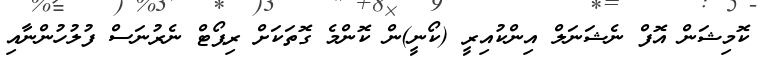
ކޮމިޝަން އޮފް ނެޝަނަލް އިންކުއިރީ (ކޯނީ)ން ކޮންމެ ގޮތަކަށް ރިޕޯޓް ނެރުނަސް ފުލުހުންނާއި